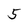
Character: 5